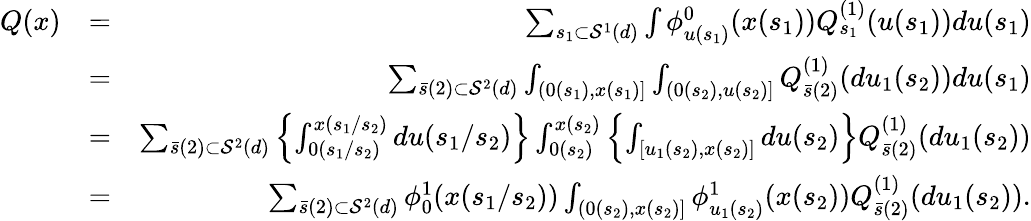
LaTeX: \begin{array}{rlr}{Q(x)}&{=}&{\sum_{s_{1}\subset{\cal S}^{1}(d)}\int\phi_{u(s_{1})}^{0}(x(s_{1}))Q_{s_{1}}^{(1)}(u(s_{1}))du(s_{1})}\\ &{=}&{\sum_{\bar{s}(2)\subset{\cal S}^{2}(d)}\int_{(0(s_{1}),x(s_{1})]}\int_{(0(s_{2}),u(s_{2})]}Q_{\bar{s}(2)}^{(1)}(du_{1}(s_{2}))du(s_{1})}\\ &{=}&{\sum_{\bar{s}(2)\subset{\cal S}^{2}(d)}\left\{ \int_{0(s_{1}/s_{2})}^{x(s_{1}/s_{2})}du(s_{1}/s_{2})\right\} \int_{0(s_{2})}^{x(s_{2})}\left\{ \int_{[u_{1}(s_{2}),x(s_{2})]}du(s_{2})\right\} Q_{\bar{s}(2)}^{(1)}(du_{1}(s_{2}))}\\ &{=}&{\sum_{\bar{s}(2)\subset{\cal S}^{2}(d)}\phi_{0}^{1}(x(s_{1}/s_{2}))\int_{(0(s_{2}),x(s_{2})]}\phi_{u_{1}(s_{2})}^{1}(x(s_{2}))Q_{\bar{s}(2)}^{(1)}(du_{1}(s_{2})).}\end{array}